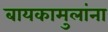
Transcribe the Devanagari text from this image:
बायकामुलांना